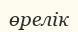
өрелік